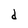
Character: d